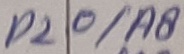
Text: P20/A8